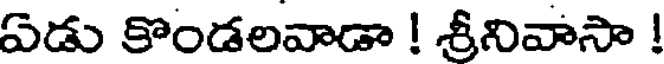
ఏడు కొండలవాడా ! శ్రీనివాసా !